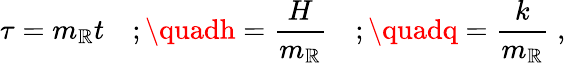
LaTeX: \tau=m_{\mathbb{R}}t\quad;\quadh=\frac{{H}}{{m_{\mathbb{R}}}}\quad;\quadq=\frac{{k}}{{m_{\mathbb{R}}}}\; ,